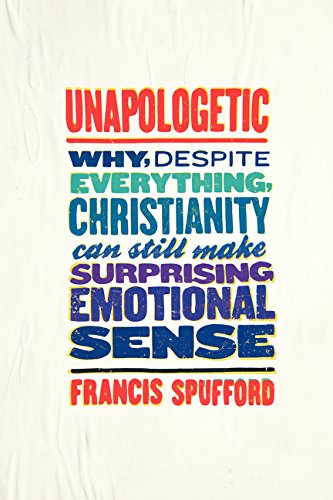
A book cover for Unapologetic: Why, Despite Everything, Christianity Can Still Make Surprising Emotional Sense; Francis Spufford; Religion & Spirituality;